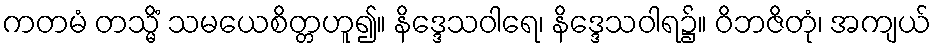
ကတမံ တသ္မိံ သမယေစိတ္တဟူ၍။ နိဒ္ဒေသဝါရေ၊ နိဒ္ဒေသဝါရ၌။ ဝိဘဇိတုံ၊ အကျယ်